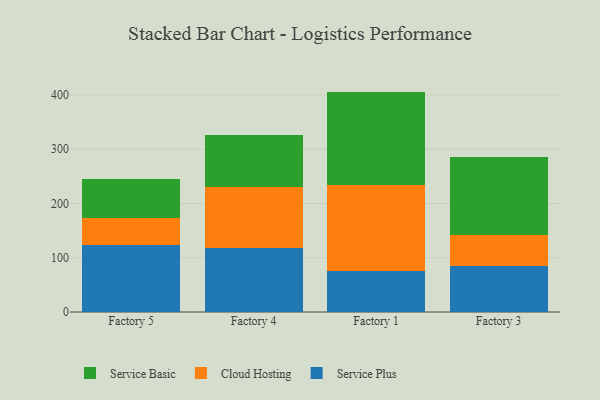
{"axis": {"x": "Factory", "y": "Bounce Rate (%)"}, "legend": ["Cloud Hosting", "Service Basic", "Service Plus"], "data": [{"x": "Factory 5", "y": 124.2, "type": "Service Plus"}, {"x": "Factory 5", "y": 49.2, "type": "Cloud Hosting"}, {"x": "Factory 5", "y": 71.5, "type": "Service Basic"}, {"x": "Factory 4", "y": 118.8, "type": "Service Plus"}, {"x": "Factory 4", "y": 111.1, "type": "Cloud Hosting"}, {"x": "Factory 4", "y": 96.5, "type": "Service Basic"}, {"x": "Factory 1", "y": 74.7, "type": "Service Plus"}, {"x": "Factory 1", "y": 160.0, "type": "Cloud Hosting"}, {"x": "Factory 1", "y": 171.4, "type": "Service Basic"}, {"x": "Factory 3", "y": 84.7, "type": "Service Plus"}, {"x": "Factory 3", "y": 57.3, "type": "Cloud Hosting"}, {"x": "Factory 3", "y": 143.8, "type": "Service Basic"}]}